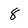
Character: 8